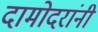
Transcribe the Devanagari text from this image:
दामोदरांनी